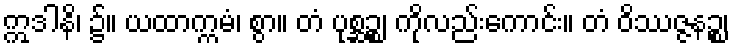
ဣဒါနိ၊ ၌။ ယထာက္ကမံ၊ စွာ။ တံ ပုစ္ဆဉ္စ၊ ကိုလည်းကောင်း။ တံ ဝိဿဇ္ဇနဉ္စ၊